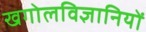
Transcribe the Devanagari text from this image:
खगोलविज्ञानियों